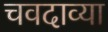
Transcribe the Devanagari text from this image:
चवदाव्या